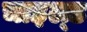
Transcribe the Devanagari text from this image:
चाइल्‍ड